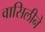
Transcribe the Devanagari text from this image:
वासिलीने